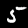
Digit: 5